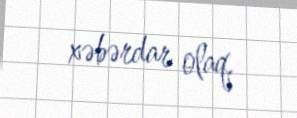
xəbərdar olaq.